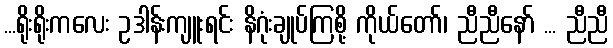
...ရိုးရိုးကလေး ဥဒါန်းကျူးရင်း နိဂုံးချုပ်ကြစို့ ကိုယ်တော်၊ ညီညီနော် ... ညီညီ